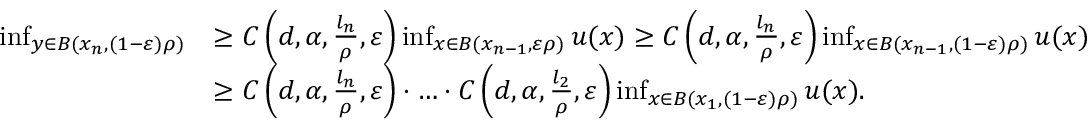
\begin{array} { r l } { \operatorname* { i n f } _ { y \in B ( x _ { n } , ( 1 - \varepsilon ) \rho ) } } & { \geq C \left( d , \alpha , \frac { l _ { n } } { \rho } , \varepsilon \right) \operatorname* { i n f } _ { x \in B ( x _ { n - 1 } , \varepsilon \rho ) } u ( x ) \geq C \left( d , \alpha , \frac { l _ { n } } { \rho } , \varepsilon \right) \operatorname* { i n f } _ { x \in B ( x _ { n - 1 } , ( 1 - \varepsilon ) \rho ) } u ( x ) } \\ & { \geq C \left( d , \alpha , \frac { l _ { n } } { \rho } , \varepsilon \right) \cdot \hdots \cdot C \left( d , \alpha , \frac { l _ { 2 } } { \rho } , \varepsilon \right) \operatorname* { i n f } _ { x \in B ( x _ { 1 } , ( 1 - \varepsilon ) \rho ) } u ( x ) . } \end{array}